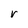
Character: r